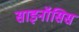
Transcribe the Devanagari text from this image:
साइनॉसिस